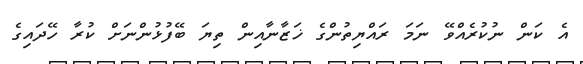
އެ ކަން ނުކުރެއްވޭ ނަމަ ރައްޔިތުންގެ ޚަޒާނާއިން ތިޔަ ބޭފުޅުންނަށް ކުރާ ހޭދައިގެ